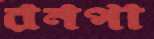
রনপা